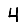
Digit: 4